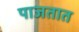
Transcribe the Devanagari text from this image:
पाजतात